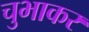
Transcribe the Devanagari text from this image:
चुभाकर